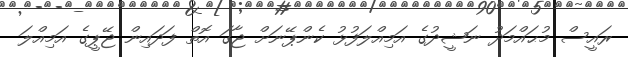
ރައީސް މުޙައްމަދު ނަޝީދުގެ އަމިއްލަފުޅު ކެންޕޭނަށް ޖާގަ އޮތް ފަދައިން ޖޭޕީގެ އަމިއްލަ